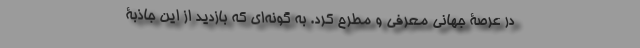
در عرصۀ جهانی معرفی و مطرح کرد. به گونه‌ای که بازدید از این جاذبۀ